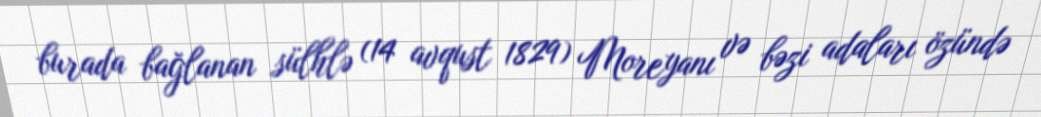
burada bağlanan sülhlə (14 avqust 1829) Moreyanı və bəzi adaları özündə